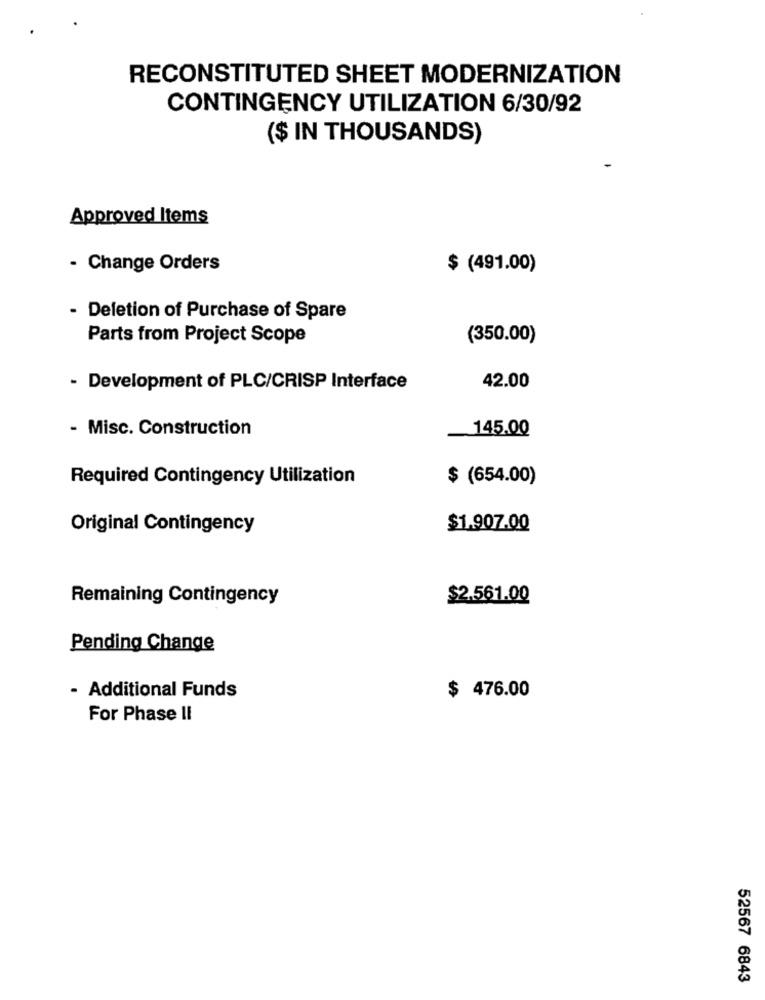
RECONSTITUTED SHEET MODERNIZATION
CONTINGENCY UTILIZATION 6/30/92
($ IN THOUSANDS)
Approved Items
- Change Orders
$ (491.00)
Deletion of Purchase of Spare
Parts from Project Scope
(350.00)
- Development of PLC/CRISP Interface
42.00
- Misc. Construction
145.00
Required Contingency Utilization
$ (654.00)
Original Contingency
$1.907.00
Remaining Contingency
$2.561.00
Pending Change
- Additional Funds
$ 476.00
For Phase II
52567 6843